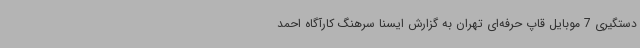
دستگیری 7 موبایل قاپ حرفه‌ای تهران به گزارش ایسنا سرهنگ کارآگاه احمد